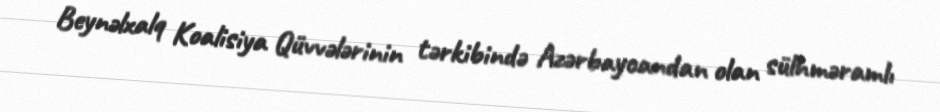
Beynəlxalq Koalisiya Qüvvələrinin tərkibində Azərbaycandan olan sülhməramlı